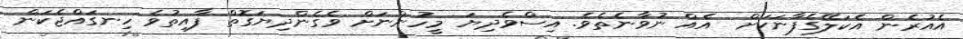
އެއުރެން އެކަލޭގެފާނަކަށް  އެއް ނުވާނެތެވެ. އިސްވެދިޔަ މީހުންނަށް ވެގެންދިޔަގޮތް ފާއިތުވެ ހިނގައްޖެކަން